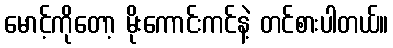
မောင့်ကိုတော့ မိုးကောင်းကင်နဲ့ တင်စားပါတယ်။